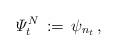
LaTeX: \begin{align*} \varPsi^N_t\, :=\,\psi_{n_t}\, ,\end{align*}